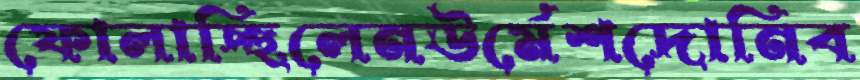
ফোলাচ্ছিলেনঊর্মেশদোনিব